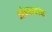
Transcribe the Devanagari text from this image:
आंबरायांत